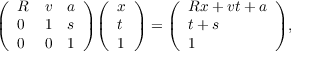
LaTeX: { \left( \begin{array} { l l l } { R } & { v } & { a } \\ { 0 } & { 1 } & { s } \\ { 0 } & { 0 } & { 1 } \end{array} \right) } { \left( \begin{array} { l } { x } \\ { t } \\ { 1 } \end{array} \right) } = { \left( \begin{array} { l } { R x + v t + a } \\ { t + s } \\ { 1 } \end{array} \right) } ,